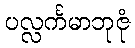
ပလ္လင်္ကမာဘုဇုံ